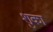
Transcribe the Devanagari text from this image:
शुका